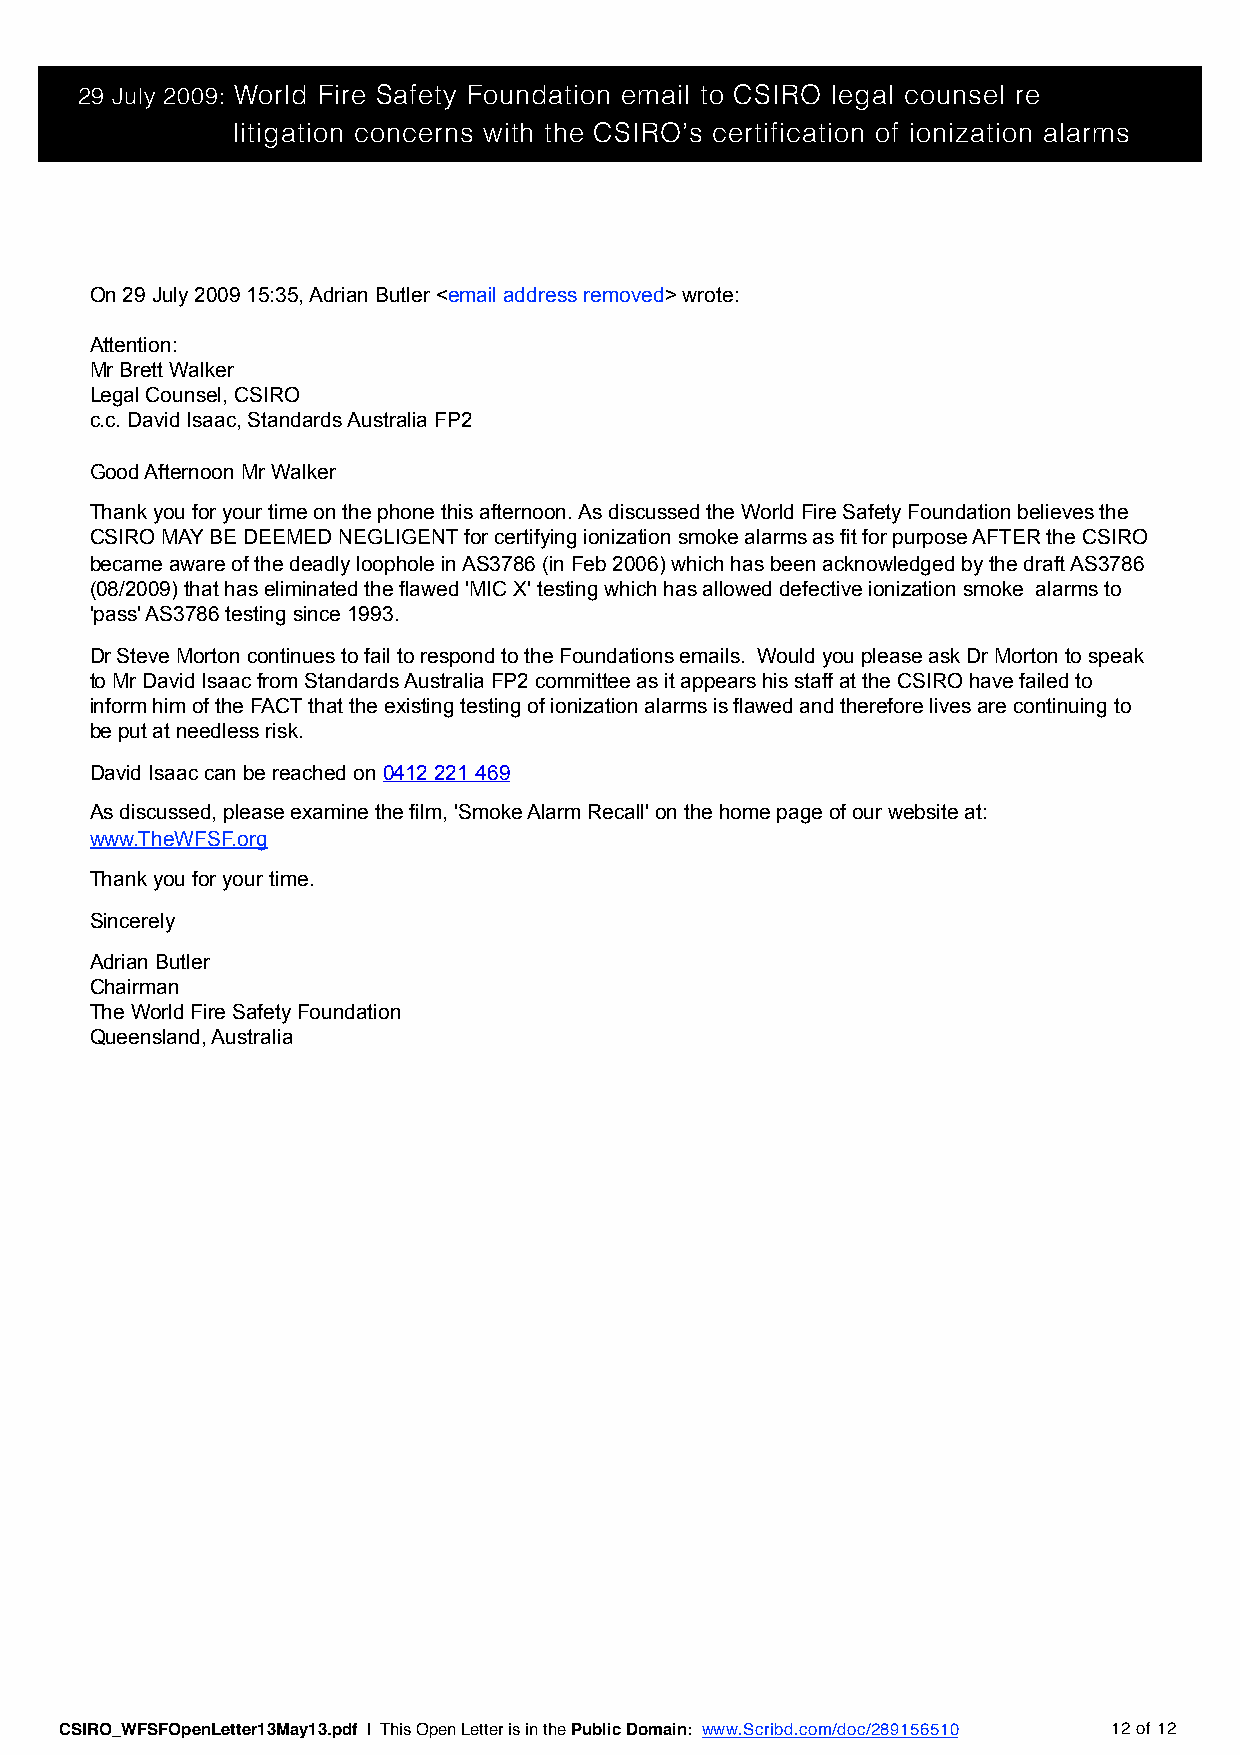
29 July 2009: World Fire Safety Foundation email to CSIRO legal counsel re
 litigation concerns with the CSIRO’s certification of ionization alarms
 On 29 July 2009 15:35, Adrian Butler <email address removed> wrote:
 Attention:
 Mr Brett Walker
 Legal Counsel, CSIRO
 c.c. David Isaac, Standards Australia FP2
 Good Afternoon Mr Walker
 Thank you for your time on the phone this afternoon. As discussed the World Fire Safety Foundation believes the
 CSIRO MAY BE DEEMED NEGLIGENT for certifying ionization smoke alarms as fit for purpose AFTER the CSIRO
 became aware of the deadly loophole in AS3786 (in Feb 2006) which has been acknowledged by the draft AS3786
 (08/2009) that has eliminated the flawed 'MIC X' testing which has allowed defective ionization smoke alarms to
 'pass' AS3786 testing since 1993.
 Dr Steve Morton continues to fail to respond to the Foundations emails. Would you please ask Dr Morton to speak
 to Mr David Isaac from Standards Australia FP2 committee as it appears his staff at the CSIRO have failed to
 inform him of the FACT that the existing testing of ionization alarms is flawed and therefore lives are continuing to
 be put at needless risk.
 David Isaac can be reached on 0412 221 469
 As discussed, please examine the film, 'Smoke Alarm Recall' on the home page of our website at:
 www.TheWFSF.org
 Thank you for your time.
 Sincerely
 Adrian Butler
 Chairman
 The World Fire Safety Foundation
 Queensland, Australia
 CSIRO_WFSFOpenLetter13May13.pdf | This Open Letter is in the Public Domain: www.Scribd.com/doc/289156510 12 of 12